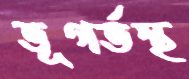
ভূগর্ভস্থ